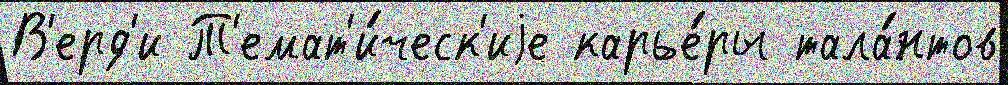
В'ерд'и Т'емат'и́ческ'иjе карье́ры тала́нтов